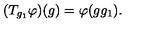
( T _ { g _ { 1 } } \varphi ) ( g ) = \varphi ( g g _ { 1 } ) .